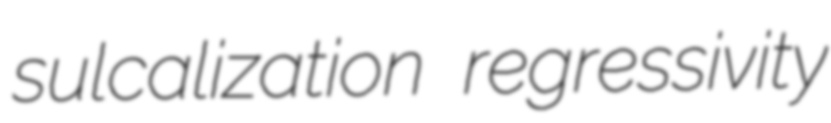
sulcalization regressivity